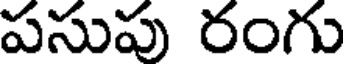
పసుపు రంగు